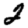
Digit: 2